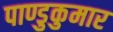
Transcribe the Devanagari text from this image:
पाण्डुकुमार